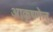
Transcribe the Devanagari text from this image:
आकृष्णेन